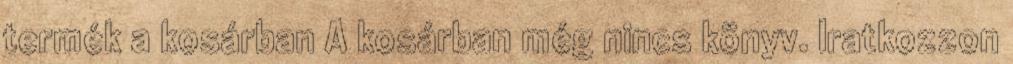
termék a kosárban A kosárban még nincs könyv. Iratkozzon